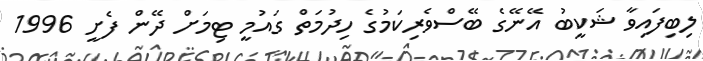
ލިބިފައިވާ ޝަކީބު އޭނޭގެ ބޭސްވެރިކަމުގެ ހިދުމަތް ގައުމީ ޓިމަށް ދޭން ފެށީ 1996